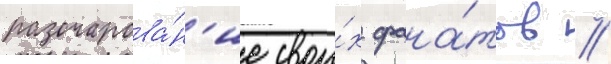
разочарова́н'ие свои́х фана́тов //